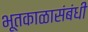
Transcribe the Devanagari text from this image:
भूतकाळासंबंधी